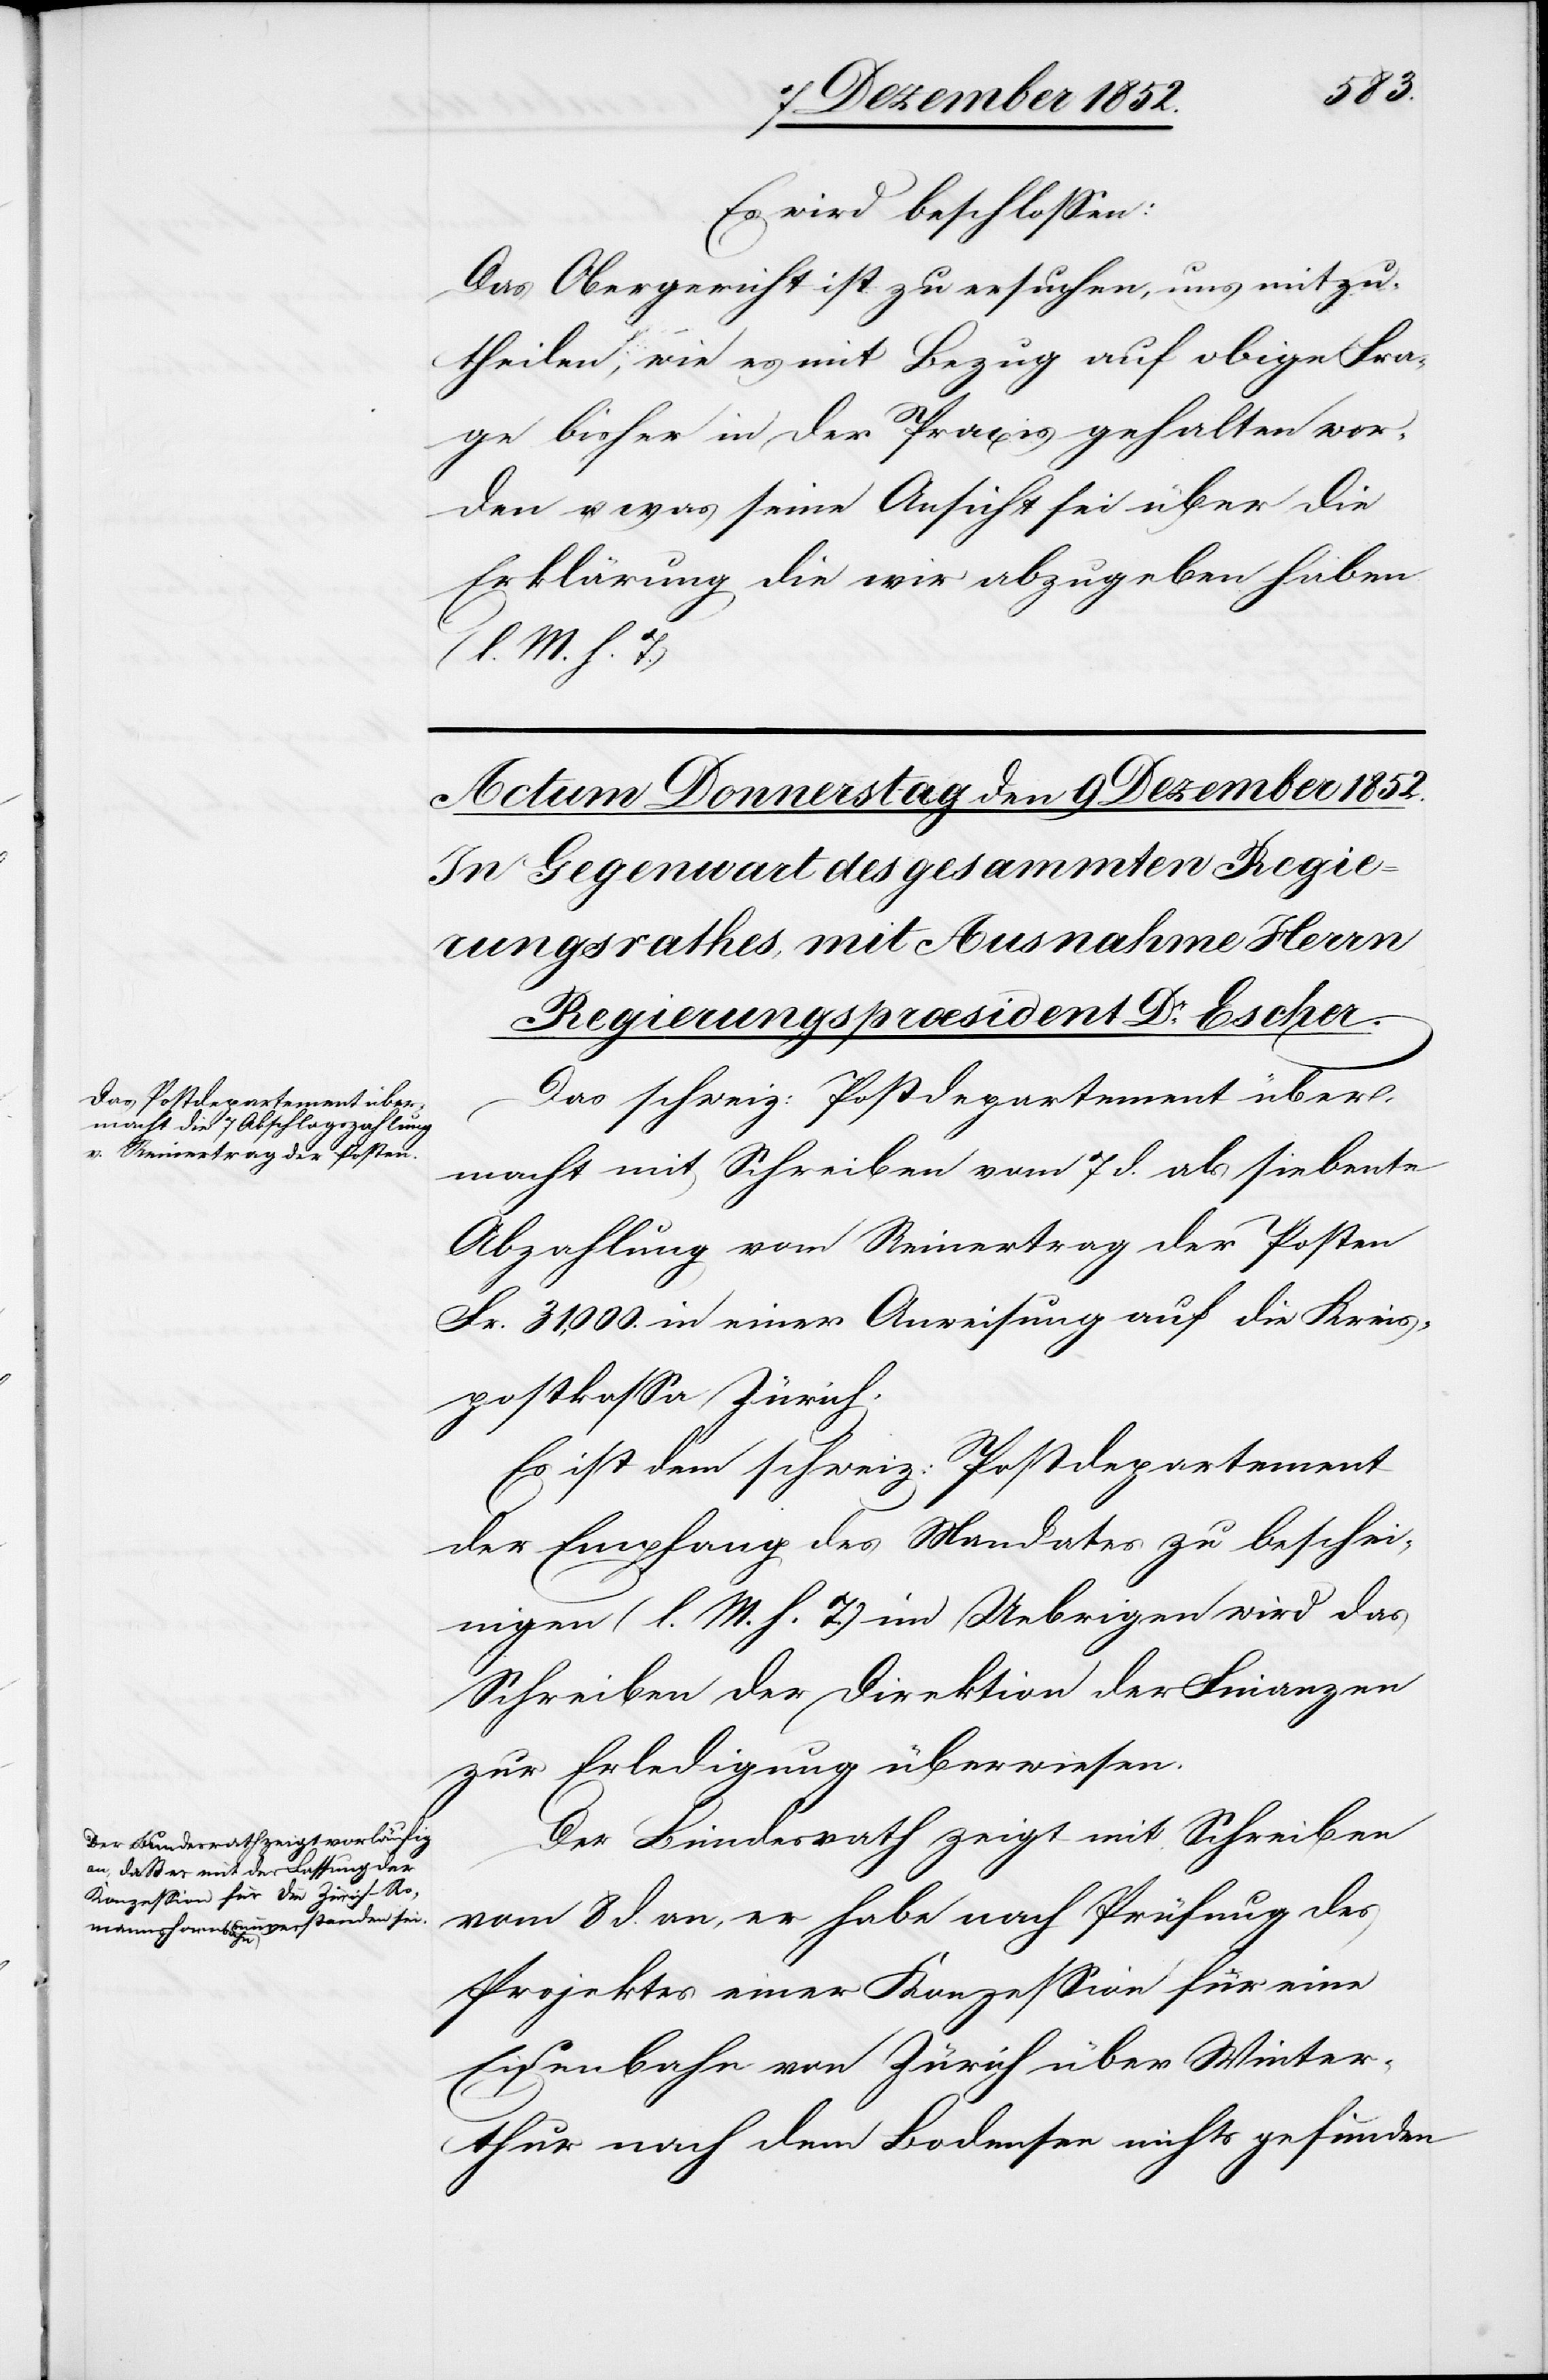
Es wird beschlossen:
Das Obergericht ist zu ersuchen, uns mitzu¬
theilen, wie es mit Bezug auf obige Fra¬
ge bisher in der Praxis gehalten wor¬
den u. was seine Ansicht sei über die
Erklärung die wir abzugeben haben
(l. M. h. T.)
Das schweiz: Postdepartement über¬
macht mit Schreiben vom 7 d. als siebente
Abzahlung vom Reinertrag der Posten
Fr. 31,000. in einer Anweisung auf die Kreis¬
postkassa Zürich.
Es ist dem schweiz: Postdepartement
der Empfang des Mandates zu beschei¬
nigen (l. M. h. T.) im Uebrigen wird das
Schreiben der Direktion der Finanzen
zur Erledigung überwiesen.
Der Bundesrath zeigt mit Schreiben
vom 8 d. an, er habe nach Prüfung des
Projektes einer Konzession für eine
Eisenbahn von Zürich über Winter¬
thur nach dem Bodensee nichts gefunden